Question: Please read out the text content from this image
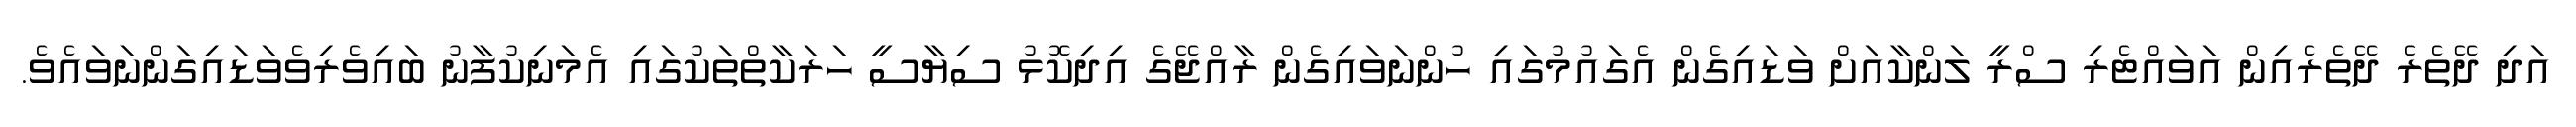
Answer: އަދި ދޭތެރެ ދޭތެރެއިން އަވައްޓެރި ސްރީ ލަންކާއަށް ވަޑައިގެން އެގައުމުގައި ހުންނަވައިގެން ރާއްޖޭގެ އިދިކޮޅު ސިޔާސީ ހަރަކާތްތަކުގައި އެމަނިކުފާނު ބައިވެރިވެވަޑައިގަންނަވައެވެ.